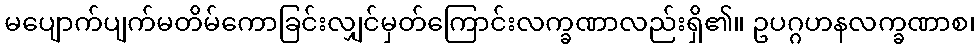
မပျောက်ပျက်မတိမ်ကောခြင်းလျှင်မှတ်ကြောင်းလက္ခဏာလည်းရှိ၏။ ဥပဂ္ဂဟနလက္ခဏာစ၊